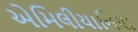
એમિલીયાનિયા